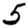
Digit: 5